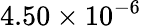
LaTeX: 4.50\times 10^{-6}